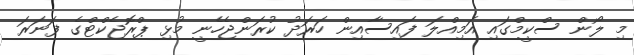
މި ލޯން ސްކީމްގައި އަމިއްލަ ފައިސާއިން ހަރަދު ކުރަންޖެހެނީ މުޅި ޕްރޮޖެކްޓްގެ ފަނަރަ